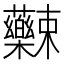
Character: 𱿌